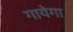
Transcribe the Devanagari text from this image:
गायेगा